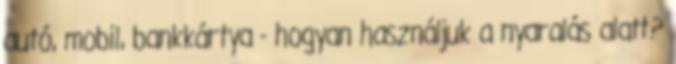
autó, mobil, bankkártya - hogyan használjuk a nyaralás alatt?